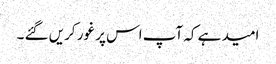
امید ہے کہ آپ اس پر غور کریں گئے ۔